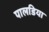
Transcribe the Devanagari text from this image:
पालडिया